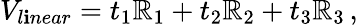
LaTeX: V_{l\mathbf{i}near}=t_{1}\mathbb{R}_{1}+t_{2}\mathbb{R}_{2}+t_{3}\mathbb{R}_{3}\, ,